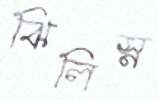
ঝিলিস্ন